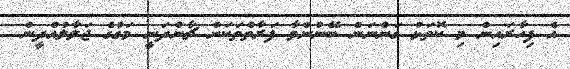
އެ ފިހާރައިން މި ކޮތަޅު ގަންނަން ބޭނުންވާ ފަރާތްތަކަށް ޗާންދަނީ މަގުގެ ޖަލާލުއްދީން